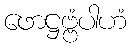
ဖောဋ္ဌဗ္ဗံပါဟံ